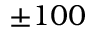
\pm 1 0 0